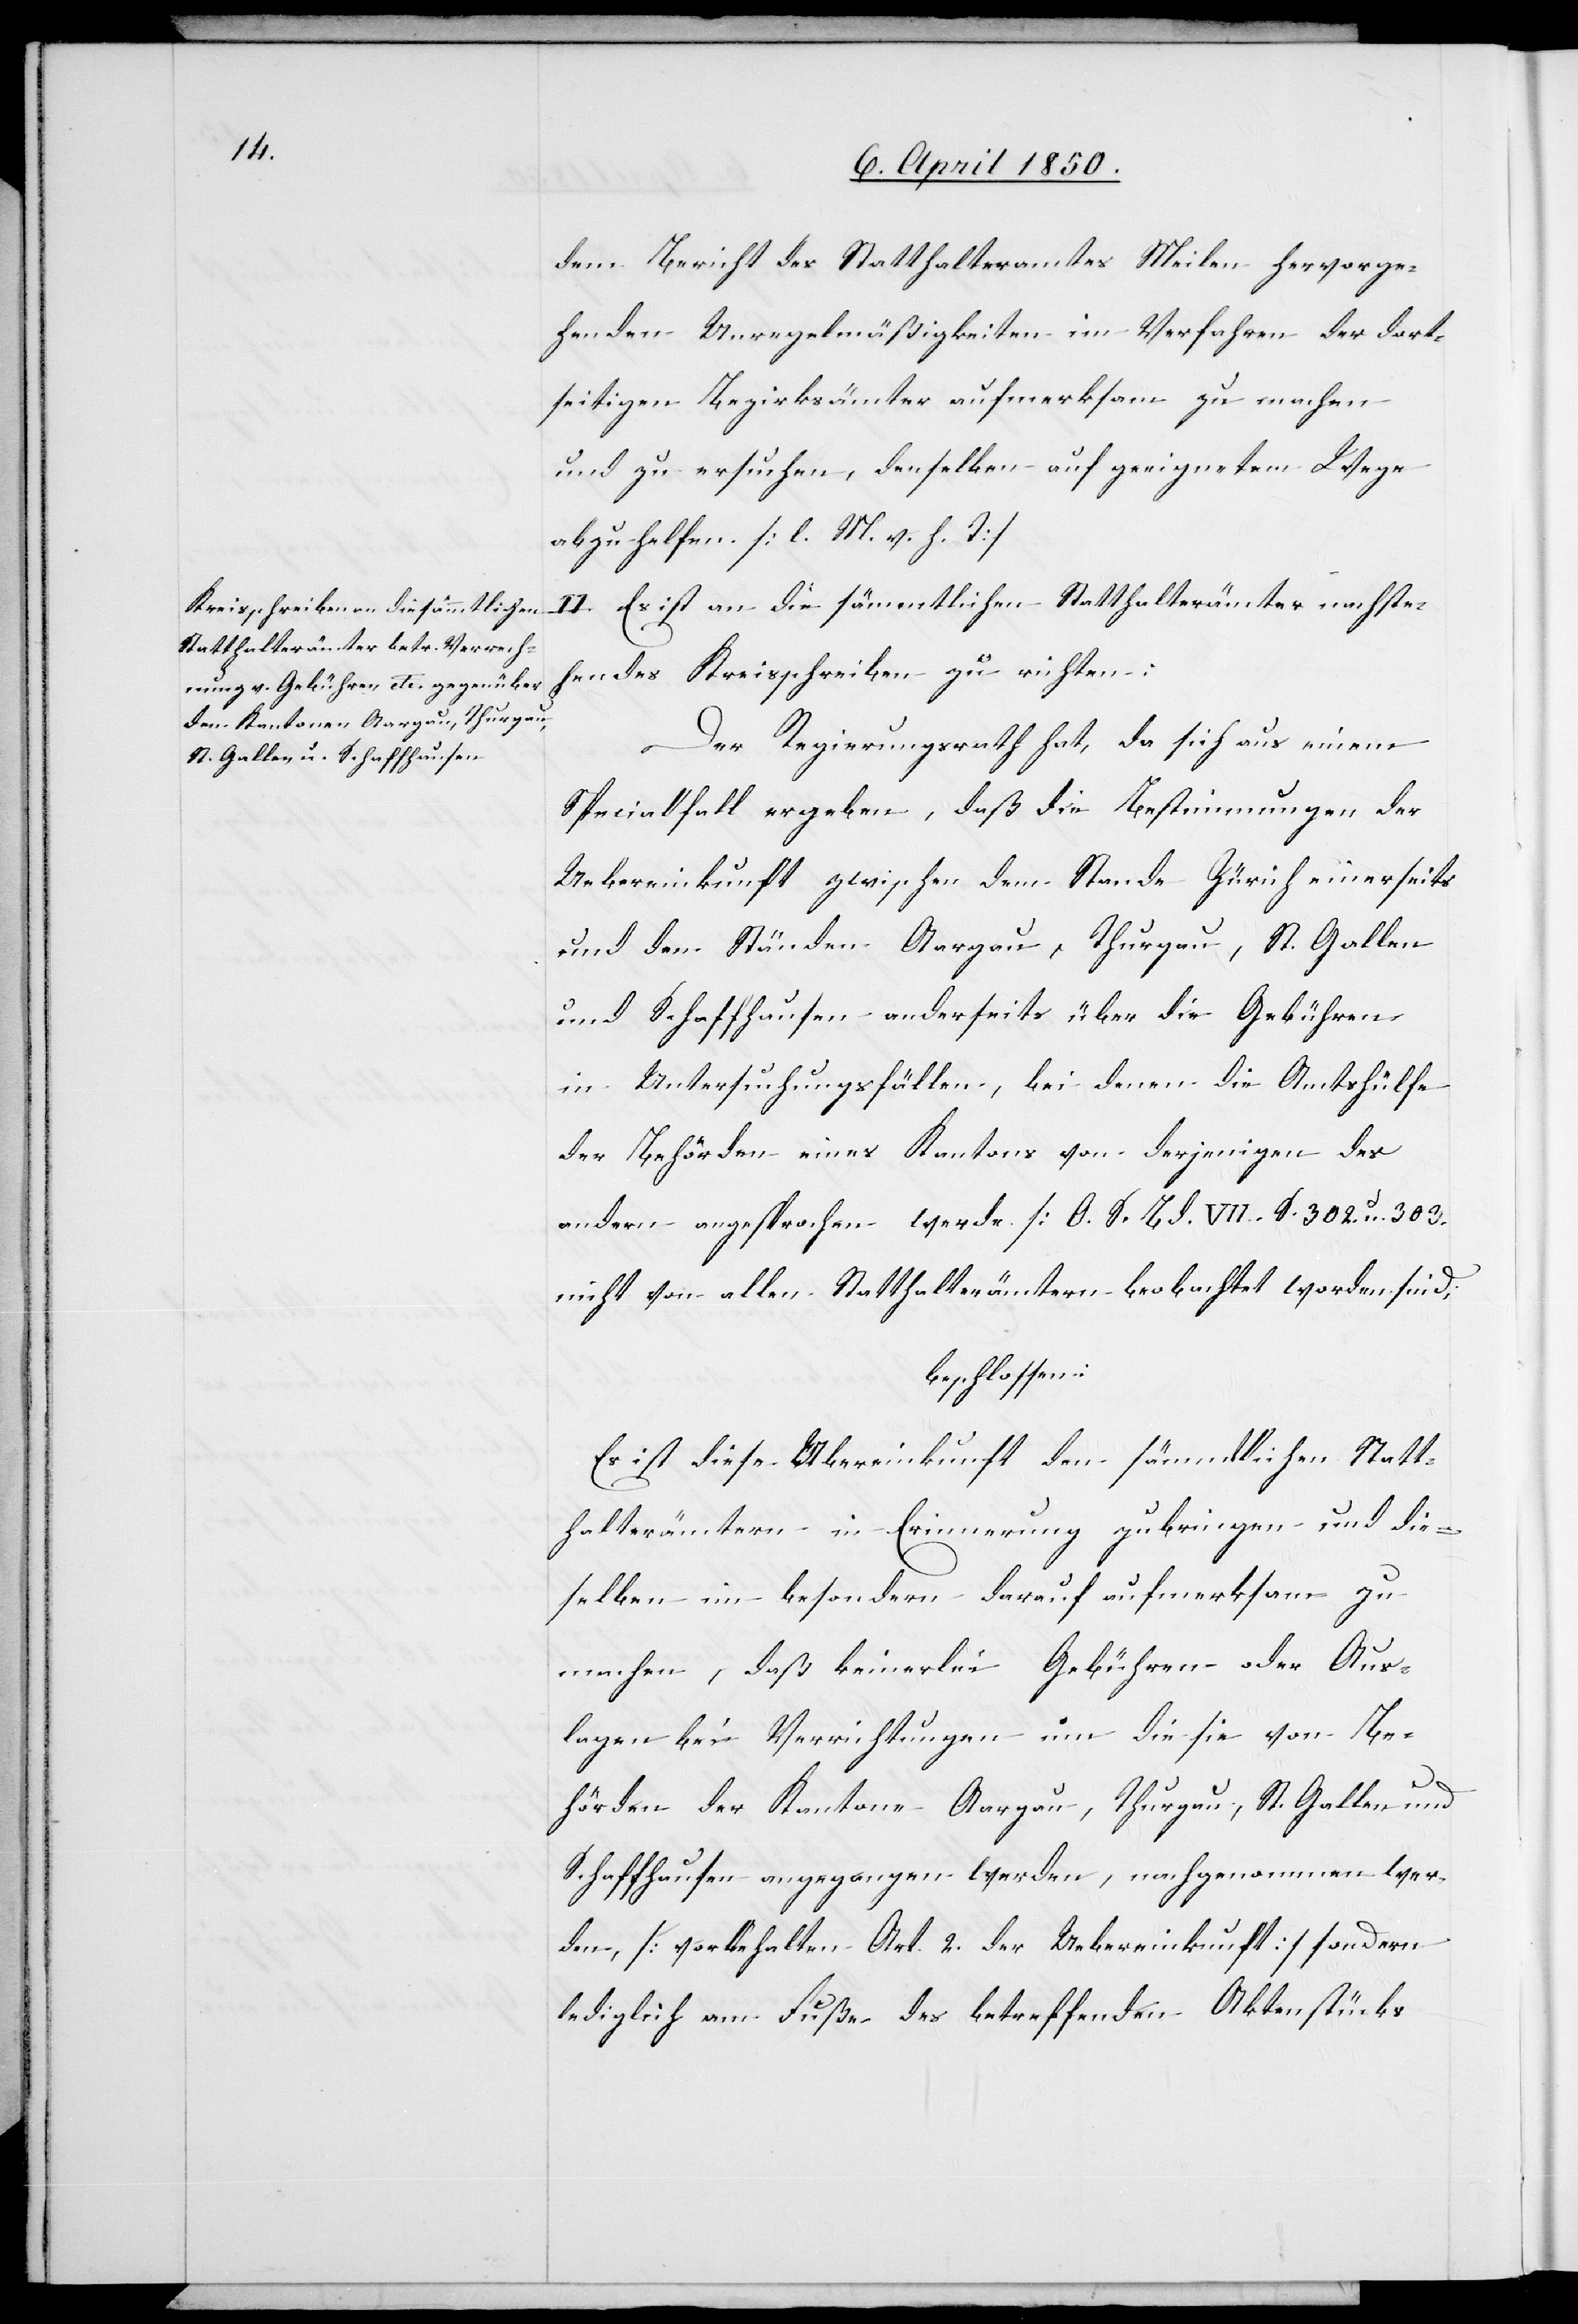
dem Bericht des Statthalteramtes Meilen hervorge¬
henden Unregelmäßigkeiten im Verfahren der dort¬
seitigen Bezirksämter aufmerksam zu machen
und zu ersuchen, denselben auf geeignetem Wege
abzuhelfen [l. M. v. h. T]
II. Es ist an die sämmtlichen Statthalterämter nachste¬
hendes Kreisschreiben zu richten:
Der Regierungsrath hat, da sich aus einem
Specialfall ergeben, daß die Bestimmungen der
Uebereinkunft zwischen dem Stande Zürich einerseits
und den Ständen Aargau, Thurgau, St. Gallen
und Schaffhausen anderseits über die Gebühren
in Untersuchungsfällen, bei denen die Amtshülfe
der Behörden eines Kantons von derjenigen des
andern angesprochen werde [O. S. Bd. VII. S. 302. u. 303[]]
nicht von allen Statthalterämtern beobachtet worden sind;
beschlossen:
Es ist diese Übereinkunft den sämmtlichen Statt¬
halterämtern in Erinnerung zu bringen und die¬
selben im besondern darauf aufmerksam zu
machen, daß keinerlei Gebühren oder Aus¬
lagen bei Verrichtungen um die sie von Be¬
hörden der Kantone Aargau, Thurgau, St. Gallen und
Schaffhausen angegangen werden, nachgenommen wer¬
den, [vorbehalten Art. 2. der Uebereinkunft] sondern
lediglich am Fuße des betreffenden Aktenstücks